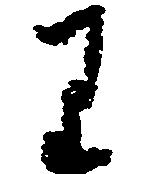
り